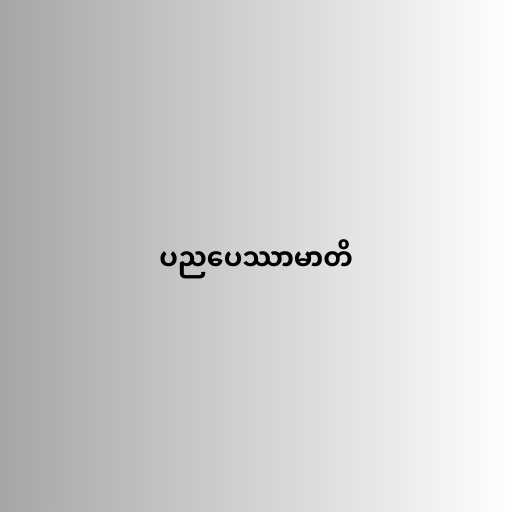
ပညပေဿာမာတိ